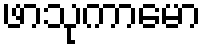
ဖာသုကာမော